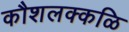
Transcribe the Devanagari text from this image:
कौशलक्कळि